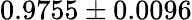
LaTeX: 0.9755\pm 0.0096